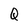
Character: Q